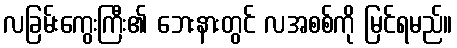
လခြမ်းကွေးကြီး၏ ဘေးနားတွင် လအစစ်ကို မြင်ရမည်။